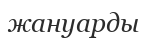
жануарды